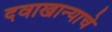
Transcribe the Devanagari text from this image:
दवाखान्याचे